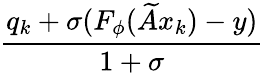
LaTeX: \frac{q_{k}+\sigma(F_{\phi}(\widetilde{A}x_{k})-y)}{1+\sigma}